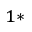
^ { 1 \ast }